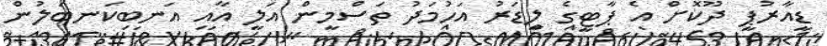
ޑީއާރުޕީ ދޫކޮށް އެ ޕާޓީގެ ލީޑަރު އަހުމަދު ތަސްމީން އަލީ އާއި އަނބިކަނބަލުން